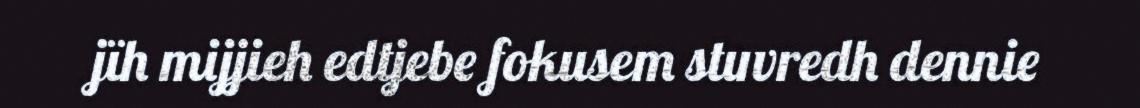
jïh mijjieh edtjebe fokusem stuvredh dennie